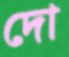
দো